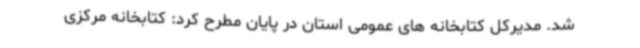
شد. مدیرکل کتابخانه های عمومی استان در پایان مطرح کرد: کتابخانه مرکزی